Observations on rabies - Number 36
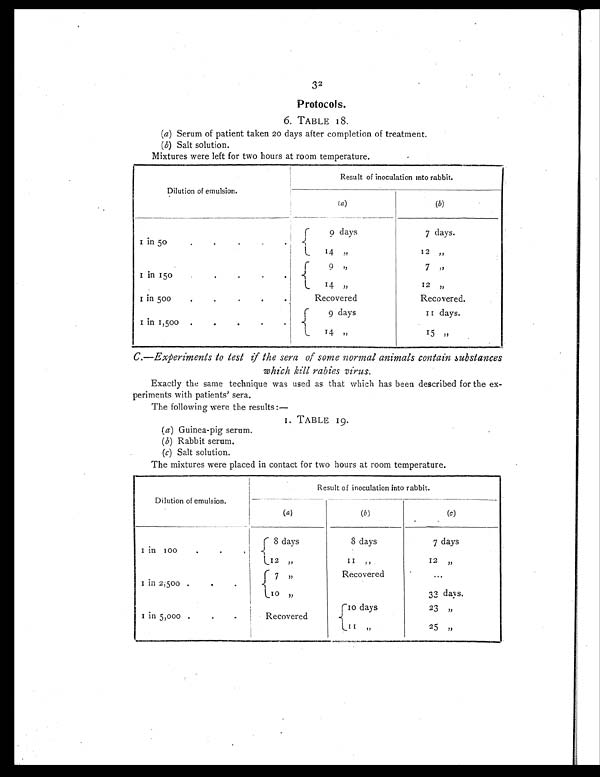
32
Protocols.
6. TABLE 18.
(a) Serum of patient taken 20 days after completion of treatment.
(b) Salt solution.
Mixtures were left for two hours at room temperature.
Dilution of emulsion.
Result of inoculation into rabbit.
( a)
(b)
1 in 50
.
.
. .
9 days
7 days.
14 „ 12 „
1 in 150
.
.
.
.
9
„ 7 „
14 „ 12 „
1 in 500. . . .
Recovered
Recovered.
1 in 1,500 .
.
.
9 days
1 1 d a y s .
14
„ 15 „
C.—Experiments to test if the sera of some normal animals contain substances
which kill rabies virus.
Exactly the same technique was used as that which has been described for the ex-
periments with patients' sera.
The following were the results :—
1 T A B L E 1
9
(
a
) G u i n e a - p i g s e r u m .
(
b
) R a b b i t s e r u m .
(
c
) S a l t s o l u t i o n .
The mixtures were placed in contact for two hours at room temperature.
Dilution of emulsion.
Result of inoculation into rabbit.
(a)
(b)
(c)
1 in l00.
. .
8 days
8 days
7 days
I2 „
11 „
12 „
1 in 2,500 .
.
7
„
Recovered
. . .
10 „
33 days.
1 in 5,000 . . .
Recovered
10 days
23 „
11 „
25 „